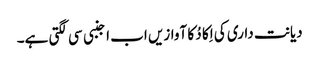
دیانت داری کی اِکا دُ کا آوازیں اب اجنبی سی لگتی ہے۔